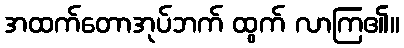
အထက်တောအုပ်ဘက် ထွက် လာကြ၏။